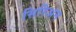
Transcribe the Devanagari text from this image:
सिरिअन